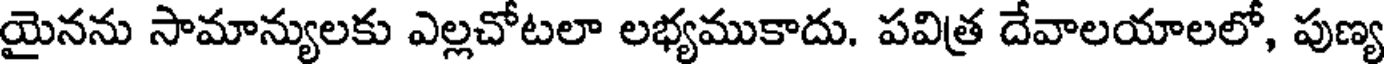
యైనను సామాన్యులకు ఎల్లచోటలా లభ్యముకాదు. పవిత్ర దేవాలయాలలో, పుణ్య